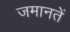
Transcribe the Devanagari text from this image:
जमानतें